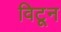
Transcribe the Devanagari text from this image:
विटून